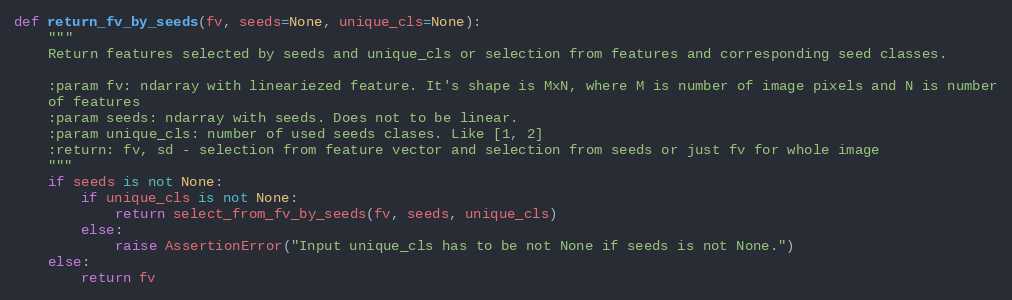
Language: Python
def return_fv_by_seeds(fv, seeds=None, unique_cls=None):
    """
    Return features selected by seeds and unique_cls or selection from features and corresponding seed classes.

    :param fv: ndarray with lineariezed feature. It's shape is MxN, where M is number of image pixels and N is number
    of features
    :param seeds: ndarray with seeds. Does not to be linear.
    :param unique_cls: number of used seeds clases. Like [1, 2]
    :return: fv, sd - selection from feature vector and selection from seeds or just fv for whole image
    """
    if seeds is not None:
        if unique_cls is not None:
            return select_from_fv_by_seeds(fv, seeds, unique_cls)
        else:
            raise AssertionError("Input unique_cls has to be not None if seeds is not None.")
    else:
        return fv